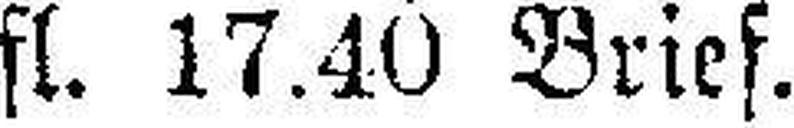
fl. 17.40 Brief.